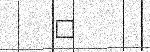
٤